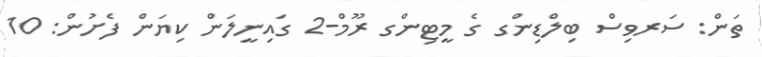
ތަން: ސަރވިސް ބިލްޑިންގ ގެ މީޓިންގ ރޫމް-2 ގައިނީލަން ކިޔަން ފެށުން: 10